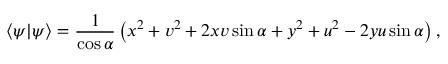
\langle \psi | \psi \rangle = { \frac { 1 } { \cos \alpha } } \left( x ^ { 2 } + v ^ { 2 } + 2 x v \sin \alpha + y ^ { 2 } + u ^ { 2 } - 2 y u \sin \alpha \right) ,